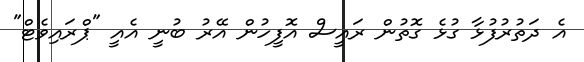
އެ ދަތުރުފުޅާ ގުޅެ ގޮތުން ރައީސް އޮފީހުން އޭރު ބުނީ އެއީ "ޕްރައިވެޓް"